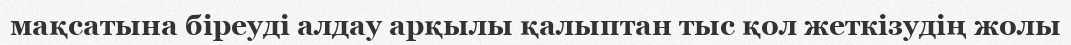
мақсатына біреуді алдау арқылы қалыптан тыс қол жеткізудің жолы